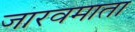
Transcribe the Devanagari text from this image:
जारवमाता